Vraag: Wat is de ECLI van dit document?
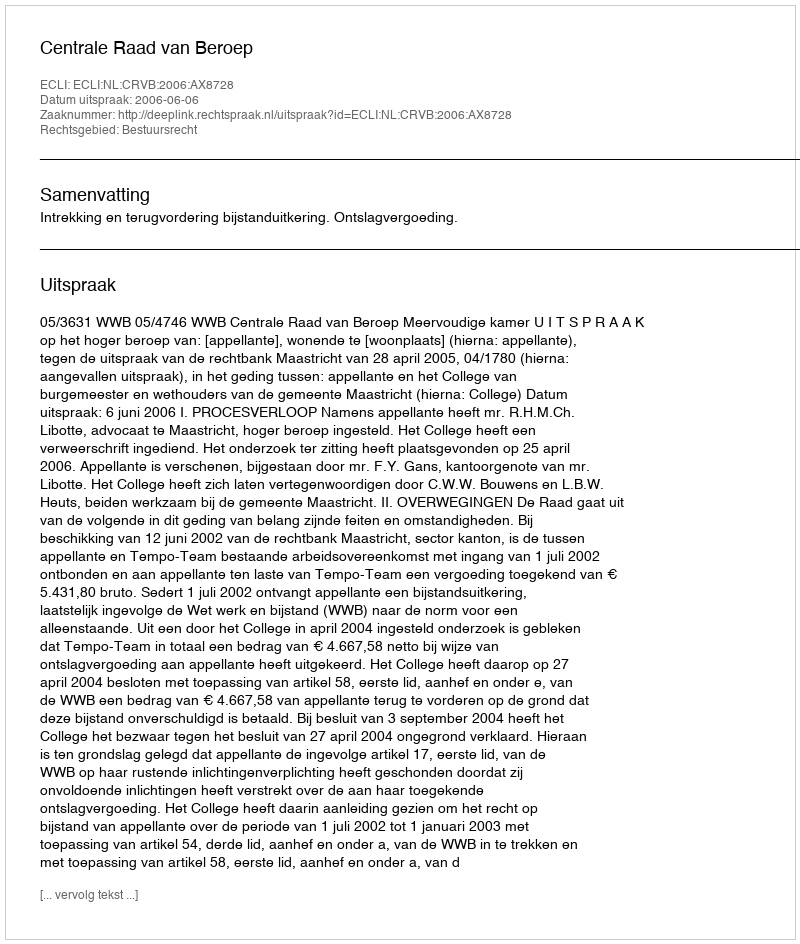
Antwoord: ECLI:NL:CRVB:2006:AX8728